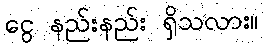
ငွေ နည်းနည်း ရှိသလား။